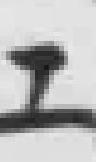
工